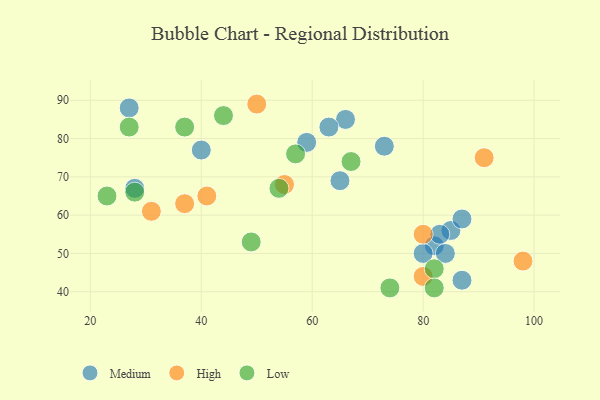
{"axis": {"x": "GDP", "y": "Life Expectancy"}, "legend": ["High", "Low", "Medium"], "data": [{"x": "82", "y": 52, "type": "Medium"}, {"x": "66", "y": 85, "type": "Medium"}, {"x": "84", "y": 50, "type": "Medium"}, {"x": "87", "y": 43, "type": "Medium"}, {"x": "73", "y": 78, "type": "Medium"}, {"x": "85", "y": 56, "type": "Medium"}, {"x": "63", "y": 83, "type": "Medium"}, {"x": "80", "y": 50, "type": "Medium"}, {"x": "83", "y": 55, "type": "Medium"}, {"x": "28", "y": 67, "type": "Medium"}, {"x": "65", "y": 69, "type": "Medium"}, {"x": "40", "y": 77, "type": "Medium"}, {"x": "87", "y": 59, "type": "Medium"}, {"x": "27", "y": 88, "type": "Medium"}, {"x": "59", "y": 79, "type": "Medium"}, {"x": "41", "y": 65, "type": "High"}, {"x": "80", "y": 55, "type": "High"}, {"x": "80", "y": 44, "type": "High"}, {"x": "55", "y": 68, "type": "High"}, {"x": "50", "y": 89, "type": "High"}, {"x": "37", "y": 63, "type": "High"}, {"x": "91", "y": 75, "type": "High"}, {"x": "31", "y": 61, "type": "High"}, {"x": "98", "y": 48, "type": "High"}, {"x": "23", "y": 65, "type": "Low"}, {"x": "67", "y": 74, "type": "Low"}, {"x": "44", "y": 86, "type": "Low"}, {"x": "27", "y": 83, "type": "Low"}, {"x": "82", "y": 46, "type": "Low"}, {"x": "54", "y": 67, "type": "Low"}, {"x": "74", "y": 41, "type": "Low"}, {"x": "28", "y": 66, "type": "Low"}, {"x": "37", "y": 83, "type": "Low"}, {"x": "57", "y": 76, "type": "Low"}, {"x": "82", "y": 41, "type": "Low"}, {"x": "49", "y": 53, "type": "Low"}]}